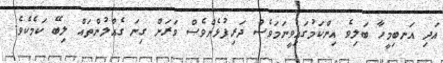
އަދި އަނބިމީހާ ބަލިވެ އިންކަމުގައިވީނަމަވެސް ދަރިފުޅެށްވެސް ވަރަށް ގިނަ ގެއްލުންތައް ލިބޭ ކަމެކެވެ.